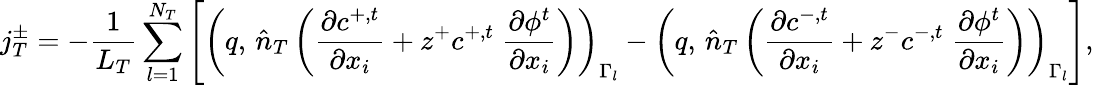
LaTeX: j_{T}^{\pm}=-\frac{1}{L_{T}}\sum_{l=1}^{N_{T}}\left[\left(q,\, \hat{n}_{T}\left(\frac{\partial c^{+,t}}{\partial x_{i}}+z^{+}c^{+,t}\; \frac{\partial\phi^{t}}{\partial x_{i}}\right)\right)_{\Gamma_{l}}-\left(q,\, \hat{n}_{T}\left(\frac{\partial c^{-,t}}{\partial x_{i}}+z^{-}c^{-,t}\; \frac{\partial\phi^{t}}{\partial x_{i}}\right)\right)_{\Gamma_{l}}\right],